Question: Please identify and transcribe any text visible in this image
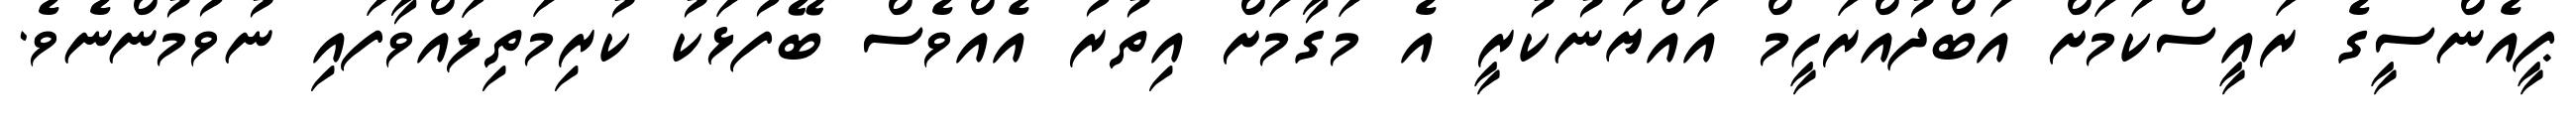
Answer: ޕީއެންސީގެ ރައީސްކަމަށް އަބްދުއްރަހީމް އައްޔަނުކުރީ އެ މަގާމަށް އިތުރު އެއްވެސް ބޭފުޅަކު ކުރިމަތިލައްވާފައި ނުވުމުންނެވެ.